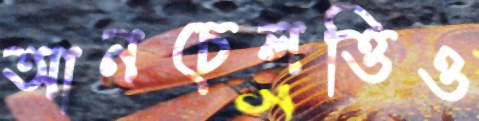
আনচেলত্তিও